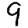
Digit: 9